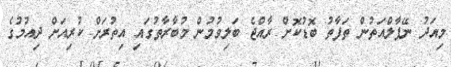
މިއަދު ނޭޕާލްއަތުން ތަފާތު ބޮޑުކޮށް ރާއްޖެ ބަލިވުމުން މުބާރާތުގައި އިތުރަށް ކުރިއަށް ދިއުމުގެ